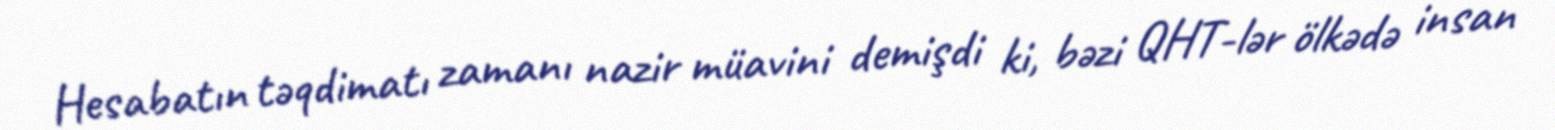
Hesabatın təqdimatı zamanı nazir müavini demişdi ki, bəzi QHT-lər ölkədə insan